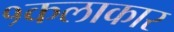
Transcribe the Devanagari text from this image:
१कलाकार